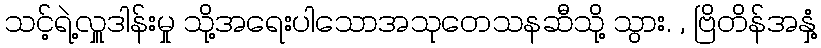
သင့်ရဲ့လှူဒါန်းမှု သို့အရေးပါသောအသုတေသနဆီသို့ သွား. , ဗြိတိန်အနှံ့